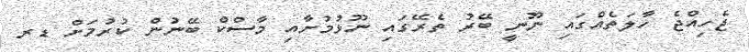
ޖެހިއްޖެ ހާލަތެއްގައި ނޫނީ ބޭރު ތެރޭގައި ނޫޅުމުށާއި މާސްކް ބޭނުން ކުރުމަށް ޑރ